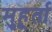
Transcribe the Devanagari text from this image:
मुहूर्ता